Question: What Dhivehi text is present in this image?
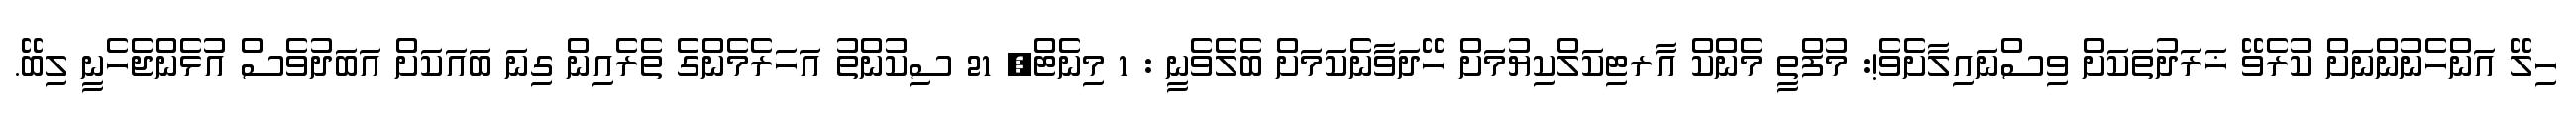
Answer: ހިލޭ އަންހެނުންނަށް ކުރެވޭ ޚަރަދުތަކަށް ވިސްނައިލާށެވެ!: މުފްތީ މެންކް އާރޓިކަލްކިޔުމަށް ހޭދަވާނެކަމަށް ބެލެވެނީ : 1 މިނެޓް, 21 ސިކުންތު އަހަރެމެންގެ ތެރެއިން ގިނަ ބައަކަށް އަބަދުވެސް އުޅެންޖެހެނީ ލިބޭ.